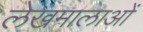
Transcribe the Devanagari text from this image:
लेखमालाओं